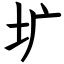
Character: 圹